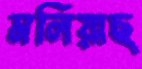
মলিয়াছ